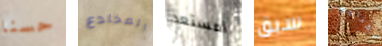
حسنا المخادع أمستعد سبق أحتاجه